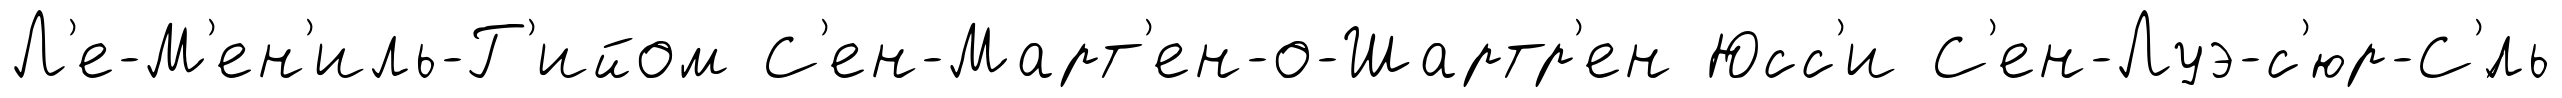
Л'е-М'ен'иль-Г'ийом С'ен-Март'ен-о-Шартр'ен Юсс'и С'ен-Луэ-с'юр-С'́ль